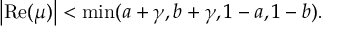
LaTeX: \left| \mathrm { R e } ( \mu ) \right| < \operatorname * { m i n } ( a + \gamma , b + \gamma , 1 - a , 1 - b ) .